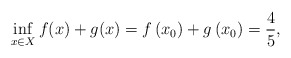
\begin{align*}\inf_{x\in X} f(x) +g(x) = f\left(x_{0}\right)+g\left(x_{0}\right) & =\frac{4}{5},\end{align*}